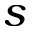
\boldsymbol { s }